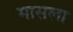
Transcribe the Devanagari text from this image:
मासला